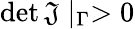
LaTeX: \operatorname*{det}\mathfrak{J}\mid_{\Gamma}>0